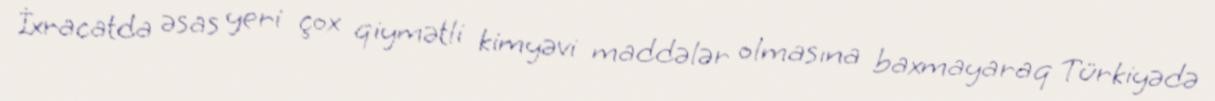
İxracatda əsas yeri çox qiymətli kimyəvi maddələr olmasına baxmayaraq Türkiyədə